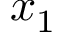
x _ { 1 }